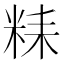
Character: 𥹯